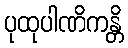
ပုထုပါဏိကန္တိ